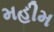
મહીમ